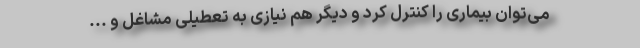
می‌توان بیماری را کنترل کرد و دیگر هم نیازی به تعطیلی مشاغل و ...